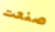
صنعت